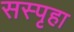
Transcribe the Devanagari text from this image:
सस्पृहा